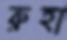
রুহা